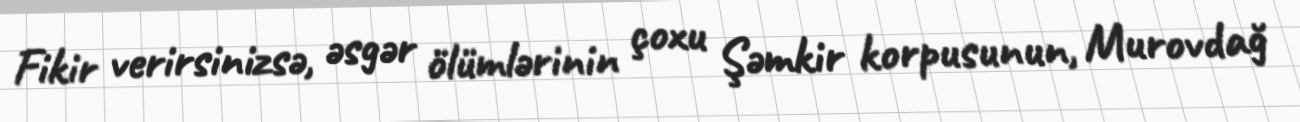
Fikir verirsinizsə, əsgər ölümlərinin çoxu Şəmkir korpusunun, Murovdağ